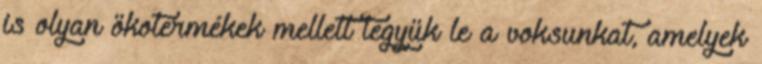
is olyan ökotermékek mellett tegyük le a voksunkat, amelyek